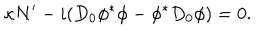
LaTeX: \kappa N ^ { \prime } - i ( D _ { 0 } \phi ^ { * } \phi - \phi ^ { * } D _ { 0 } \phi ) = 0 .